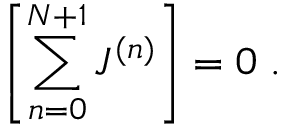
\left[ \sum _ { n = 0 } ^ { N + 1 } J ^ { ( n ) } \right] = 0 \; .